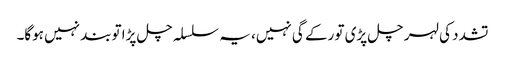
تشدد کی لہر چل پڑی تو رکے گی نہیں، یہ سلسلہ چل پڑا توبند نہیں ہوگا۔